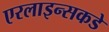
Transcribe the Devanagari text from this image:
एरलाइन्सकडे